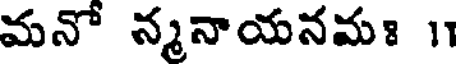
మనో న్మనాయనమః 11